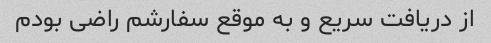
از دریافت سریع و به موقع سفارشم راضی بودم